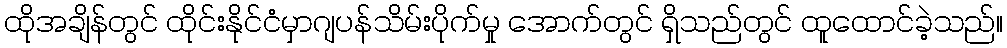
ထိုအချိန်တွင် ထိုင်းနိုင်ငံမှာဂျပန်သိမ်းပိုက်မှု အောက်တွင် ရှိသည်တွင် ထူထောင်ခဲ့သည်။